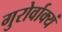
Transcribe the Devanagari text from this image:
गुरोर्वाक्यं